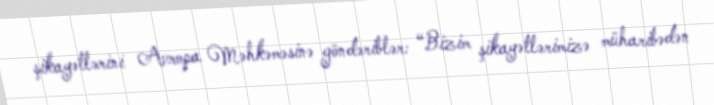
şikayətlərini Avropa Məhkəməsinə göndəriblər: “Bizim şikayətlərimizə müharibədən